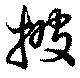
披